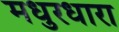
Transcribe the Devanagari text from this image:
मधुरधारा